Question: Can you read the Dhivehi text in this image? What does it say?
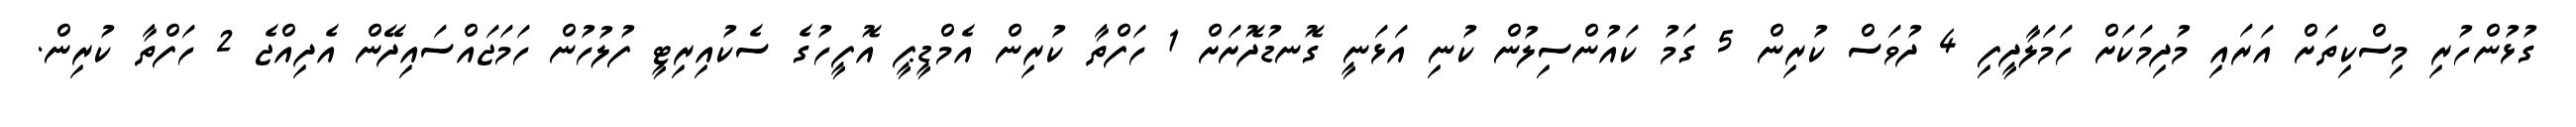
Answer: ގުޅުންހުރި މިސްކިތަށް އަރައި މުދިމަކަށް ހަމަލާދީފި 4 ދުވަސް ކުރިން 5 ގަމު ކައުންސިލުން ކުނި އަޅަނީ ގޮނޑުދޮށަށް 1 ހަފްތާ ކުރިން އެމްޑީޕީ އޮފީހުގެ ސެކުއިރިޓީ ފުލުހުން ހަމަޖައްސައިދޭން އެދިއްޖެ 2 ހަފްތާ ކުރިން.